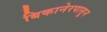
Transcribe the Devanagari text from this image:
बिकानेरपासून